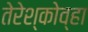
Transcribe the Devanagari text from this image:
तेरेश्कोव्हा